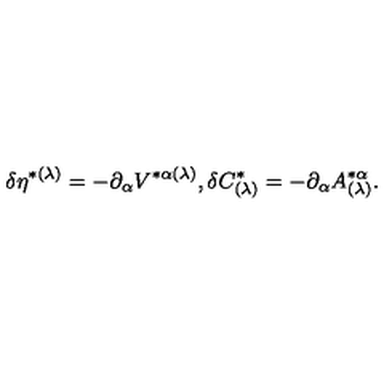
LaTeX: \delta \eta ^ { * ( \lambda ) } = - \partial _ { \alpha } V ^ { * \alpha ( \lambda ) } , \delta C _ { ( \lambda ) } ^ { * } = - \partial _ { \alpha } A _ { ( \lambda ) } ^ { * \alpha } .